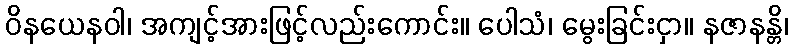
ဝိနယေနဝါ၊ အကျင့်အားဖြင့်လည်းကောင်း။ ပေါသံ၊ မွေးခြင်းငှာ။ နဇာနန္တိ၊